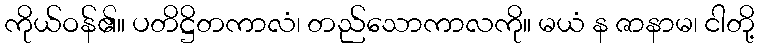
ကိုယ်ဝန်၏။ ပတိဋ္ဌိတကာလံ၊ တည်သောကာလကို။ မယံ န ဇာနာမ၊ ငါတို့